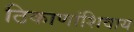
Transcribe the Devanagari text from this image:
ठिकाणांशिवाय